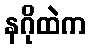
နဂိုထဲက